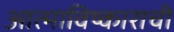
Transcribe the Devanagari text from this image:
आत्माविष्काराची